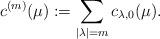
LaTeX: \begin{align*}c^{(m)}(\mu):=\sum_{|\lambda|=m}c_{\lambda,0}(\mu).\end{align*}